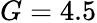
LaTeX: G=4.5